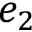
e _ { 2 }